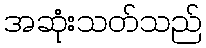
အဆုံးသတ်သည်